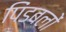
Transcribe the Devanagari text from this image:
पिंडबलों